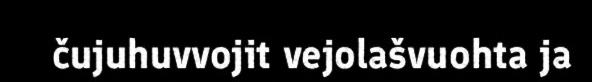
čujuhuvvojit vejolašvuohta ja